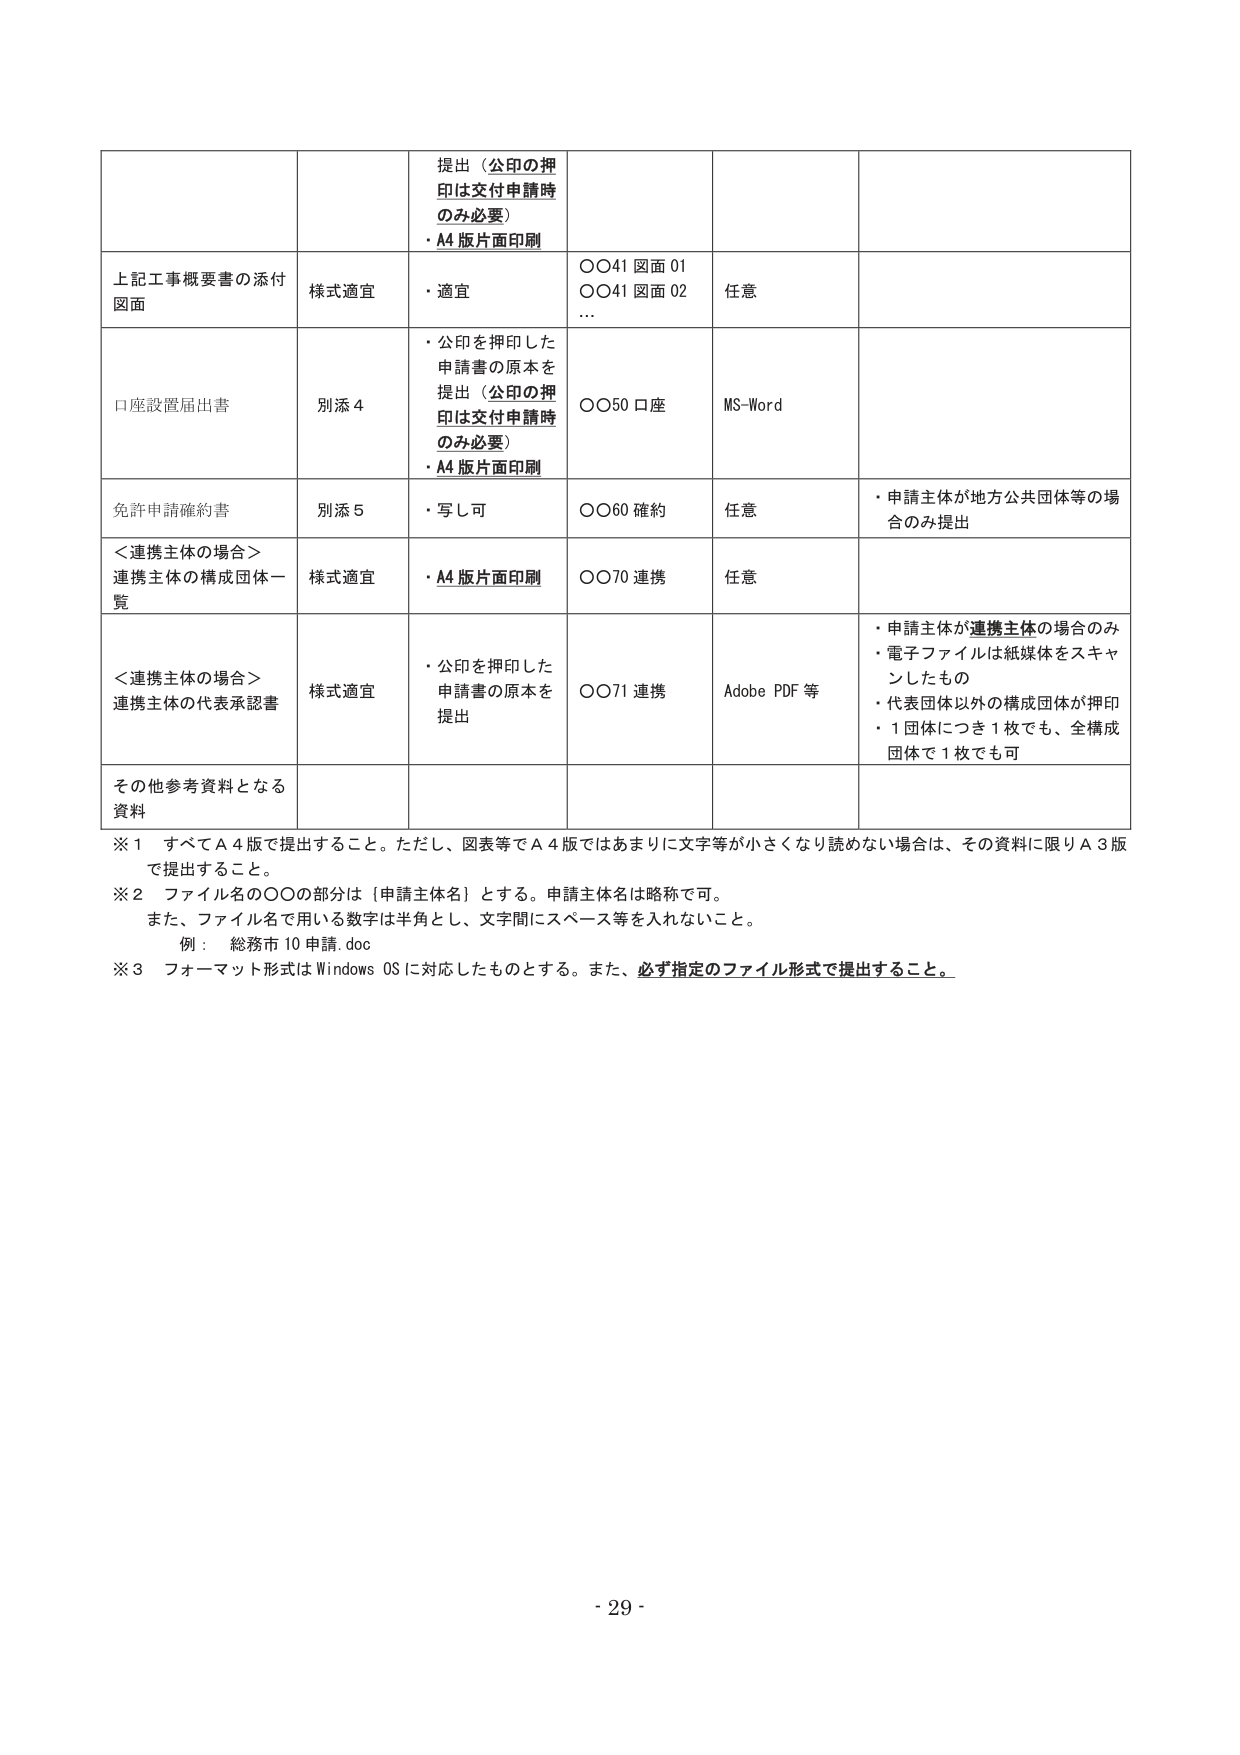
提出（公印の押印は交付申請時のみ必要）
・A4版片面印刷

上記工事概要書の添付図面
様式適宜
・適宜
〇〇41図面01
〇〇41図面02
…
任意

口座設置届出書
別添4
・公印を押印した申請書の原本を提出（公印の押印は交付申請時のみ必要）
・A4版片面印刷
〇〇50口座
MS-Word

免許申請確約書
別添5
・写し可
〇〇60確約
任意
・申請主体が地方公共団体等の場合のみ提出

＜連携主体の場合＞連携主体の構成団体一覧
様式適宜
・A4版片面印刷
〇〇70連携
任意

＜連携主体の場合＞連携主体の代表承認書
様式適宜
・公印を押印した申請書の原本を提出
〇〇71連携
Adobe PDF等
・申請主体が連携主体の場合のみ
・電子ファイルは紙媒体をスキャンしたもの
・代表団体以外の構成団体が押印
・1団体につき1枚でも、全構成団体で1枚でも可

その他参考資料となる資料

※1 すべてA4版で提出すること。ただし、図表等でA4版ではあまりに文字等が小さくなり読めない場合は、その資料に限りA3版で提出すること。
※2 ファイル名の〇〇の部分は〔申請主体名〕とする。申請主体名は略称で可。
また、ファイル名で用いる数字は半角とし、文字間にスペース等を入れないこと。
例： 総務市10申請.doc
※3 フォーマット形式はWindows OSに対応したものとする。また、必ず指定のファイル形式で提出すること。

- 29 -